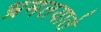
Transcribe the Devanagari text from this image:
भ्रमतयाते